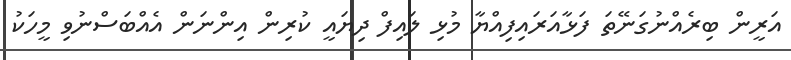
އަރީން ބިރެއްނުގަނޭތަ ފަޅާއަރައިފިއްޔާ މުޅި ލައިފް ދިޔައީ ކުރިން އިންނަން އެއްބަސްނުވި މީހަކު